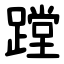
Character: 蹚